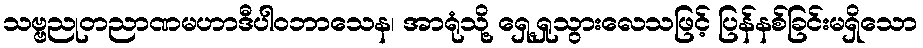
သဗ္ဗညုတညာဏမဟာဒီပါဝဘာသေန၊ အာရုံသို့ ရှေ့ရှုသွားလေသဖြင့် ပြန်နစ်ခြင်းမရှိသော